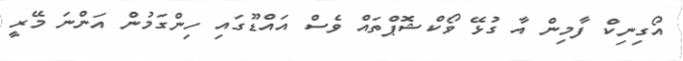
އޯގިނިކް ފާމިން އާ ގުޅޭ ވޯކްޝޮޕްތައް ވެސް އައްޑޫގައި ހިންގަމުން އަންނަ މޭރީ